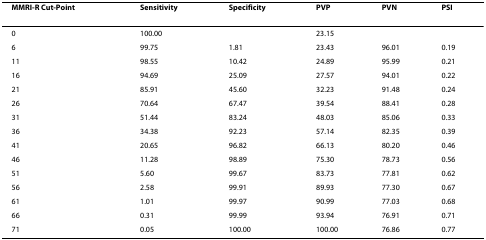
<table><thead><tr><td><b>MMRI-R Cut-Point</b></td><td><b>Sensitivity</b></td><td><b>Specificity</b></td><td><b>PVP</b></td><td><b>PVN</b></td><td><b>PSI</b></td></tr></thead><tbody><tr><td>0</td><td>100.00</td><td></td><td>23.15</td><td></td><td></td></tr><tr><td>6</td><td>99.75</td><td>1.81</td><td>23.43</td><td>96.01</td><td>0.19</td></tr><tr><td>11</td><td>98.55</td><td>10.42</td><td>24.89</td><td>95.99</td><td>0.21</td></tr><tr><td>16</td><td>94.69</td><td>25.09</td><td>27.57</td><td>94.01</td><td>0.22</td></tr><tr><td>21</td><td>85.91</td><td>45.60</td><td>32.23</td><td>91.48</td><td>0.24</td></tr><tr><td>26</td><td>70.64</td><td>67.47</td><td>39.54</td><td>88.41</td><td>0.28</td></tr><tr><td>31</td><td>51.44</td><td>83.24</td><td>48.03</td><td>85.06</td><td>0.33</td></tr><tr><td>36</td><td>34.38</td><td>92.23</td><td>57.14</td><td>82.35</td><td>0.39</td></tr><tr><td>41</td><td>20.65</td><td>96.82</td><td>66.13</td><td>80.20</td><td>0.46</td></tr><tr><td>46</td><td>11.28</td><td>98.89</td><td>75.30</td><td>78.73</td><td>0.56</td></tr><tr><td>51</td><td>5.60</td><td>99.67</td><td>83.73</td><td>77.81</td><td>0.62</td></tr><tr><td>56</td><td>2.58</td><td>99.91</td><td>89.93</td><td>77.30</td><td>0.67</td></tr><tr><td>61</td><td>1.01</td><td>99.97</td><td>90.99</td><td>77.03</td><td>0.68</td></tr><tr><td>66</td><td>0.31</td><td>99.99</td><td>93.94</td><td>76.91</td><td>0.71</td></tr><tr><td>71</td><td>0.05</td><td>100.00</td><td>100.00</td><td>76.86</td><td>0.77</td></tr></tbody></table>